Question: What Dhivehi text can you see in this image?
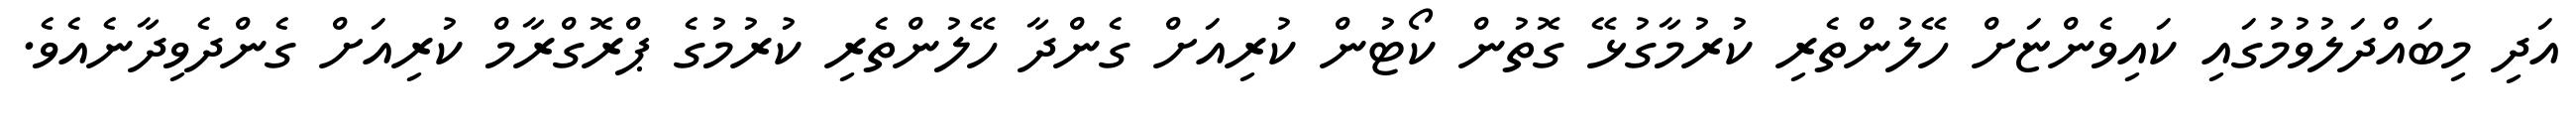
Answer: އަދި މިބައްދަލުވުމުގައި ކައިވެންޏަށް ހޭލުންތެރި ކުރުމާގުޅޭ ގޮތުން ކޯޓުން ކުރިއަށް ގެންދާ ހޭލުންތެރި ކުރުމުގެ ޕްރޮގްރާމް ކުރިއަށް ގެންދެވިދާނެއެވެ.